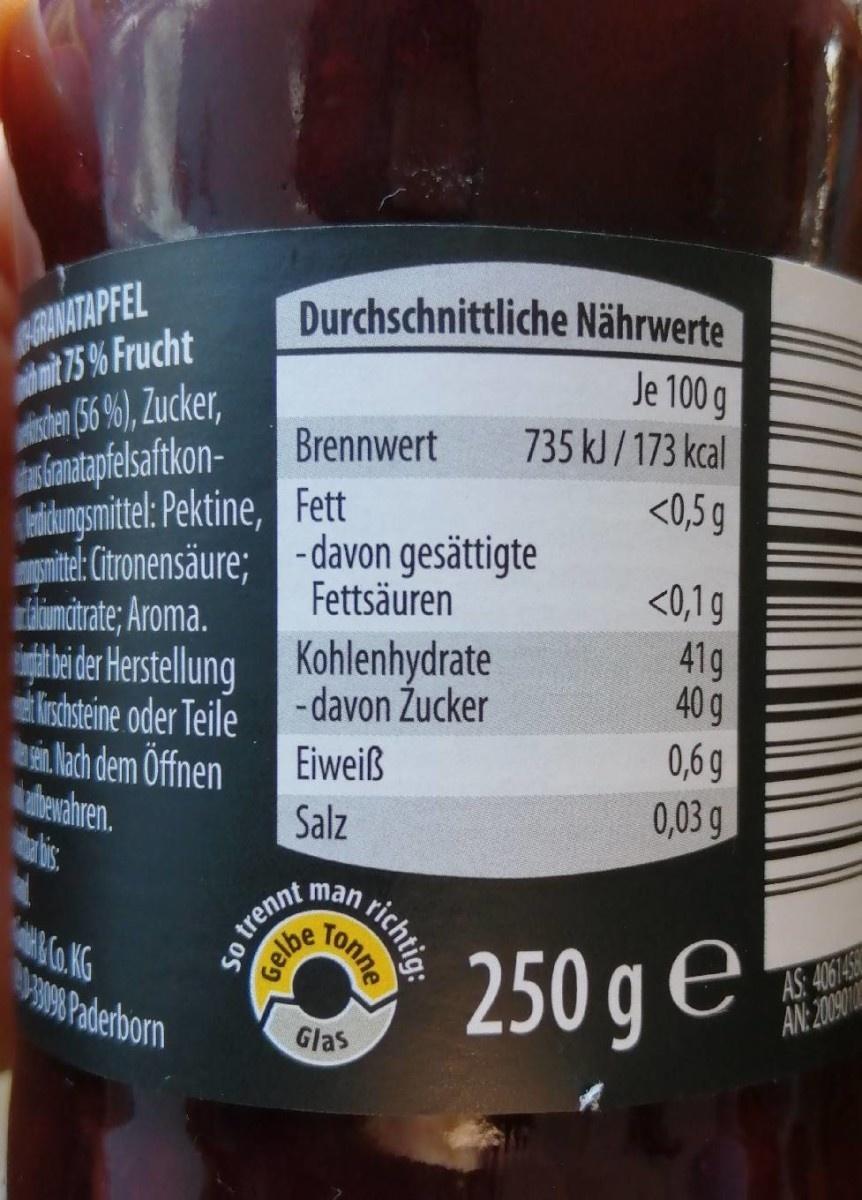
RANATAPFEL àmt75 % Frucht den 56 %), Zucker, aiantpfekaftkon- adunsmittel: Pektine, Fett mpnite: Cironensäure; -davon gesättigte ikimcirate; Aroma. igtba der Herstellung Kohlenhydrate tfishsteine oder Teile b lach dem Öffnen uherahren.
Durchschnittliche Nährwerte Je 100 g 735 kJ /173 kcal <0,5 g
Brennwert
<0,1g 41g 40 g 0,6 g 0,03 g
Fettsäuren
- davon Žucker
Eiweiß
Salz Ban richtig: Tonne
250 g e
AS: 406145 AN:20090
3090 Paderborm
Glas
so trenne